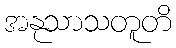
အနုသာသတူတိ